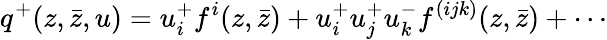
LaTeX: q^{+}(z,\bar{z},u)=u_{i}^{+}f^{i}(z,\bar{z})+u_{i}^{+}u_{j}^{+}u_{k}^{-}f^{(ijk)}(z,\bar{z})+\cdots